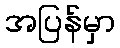
အပြန်မှာ